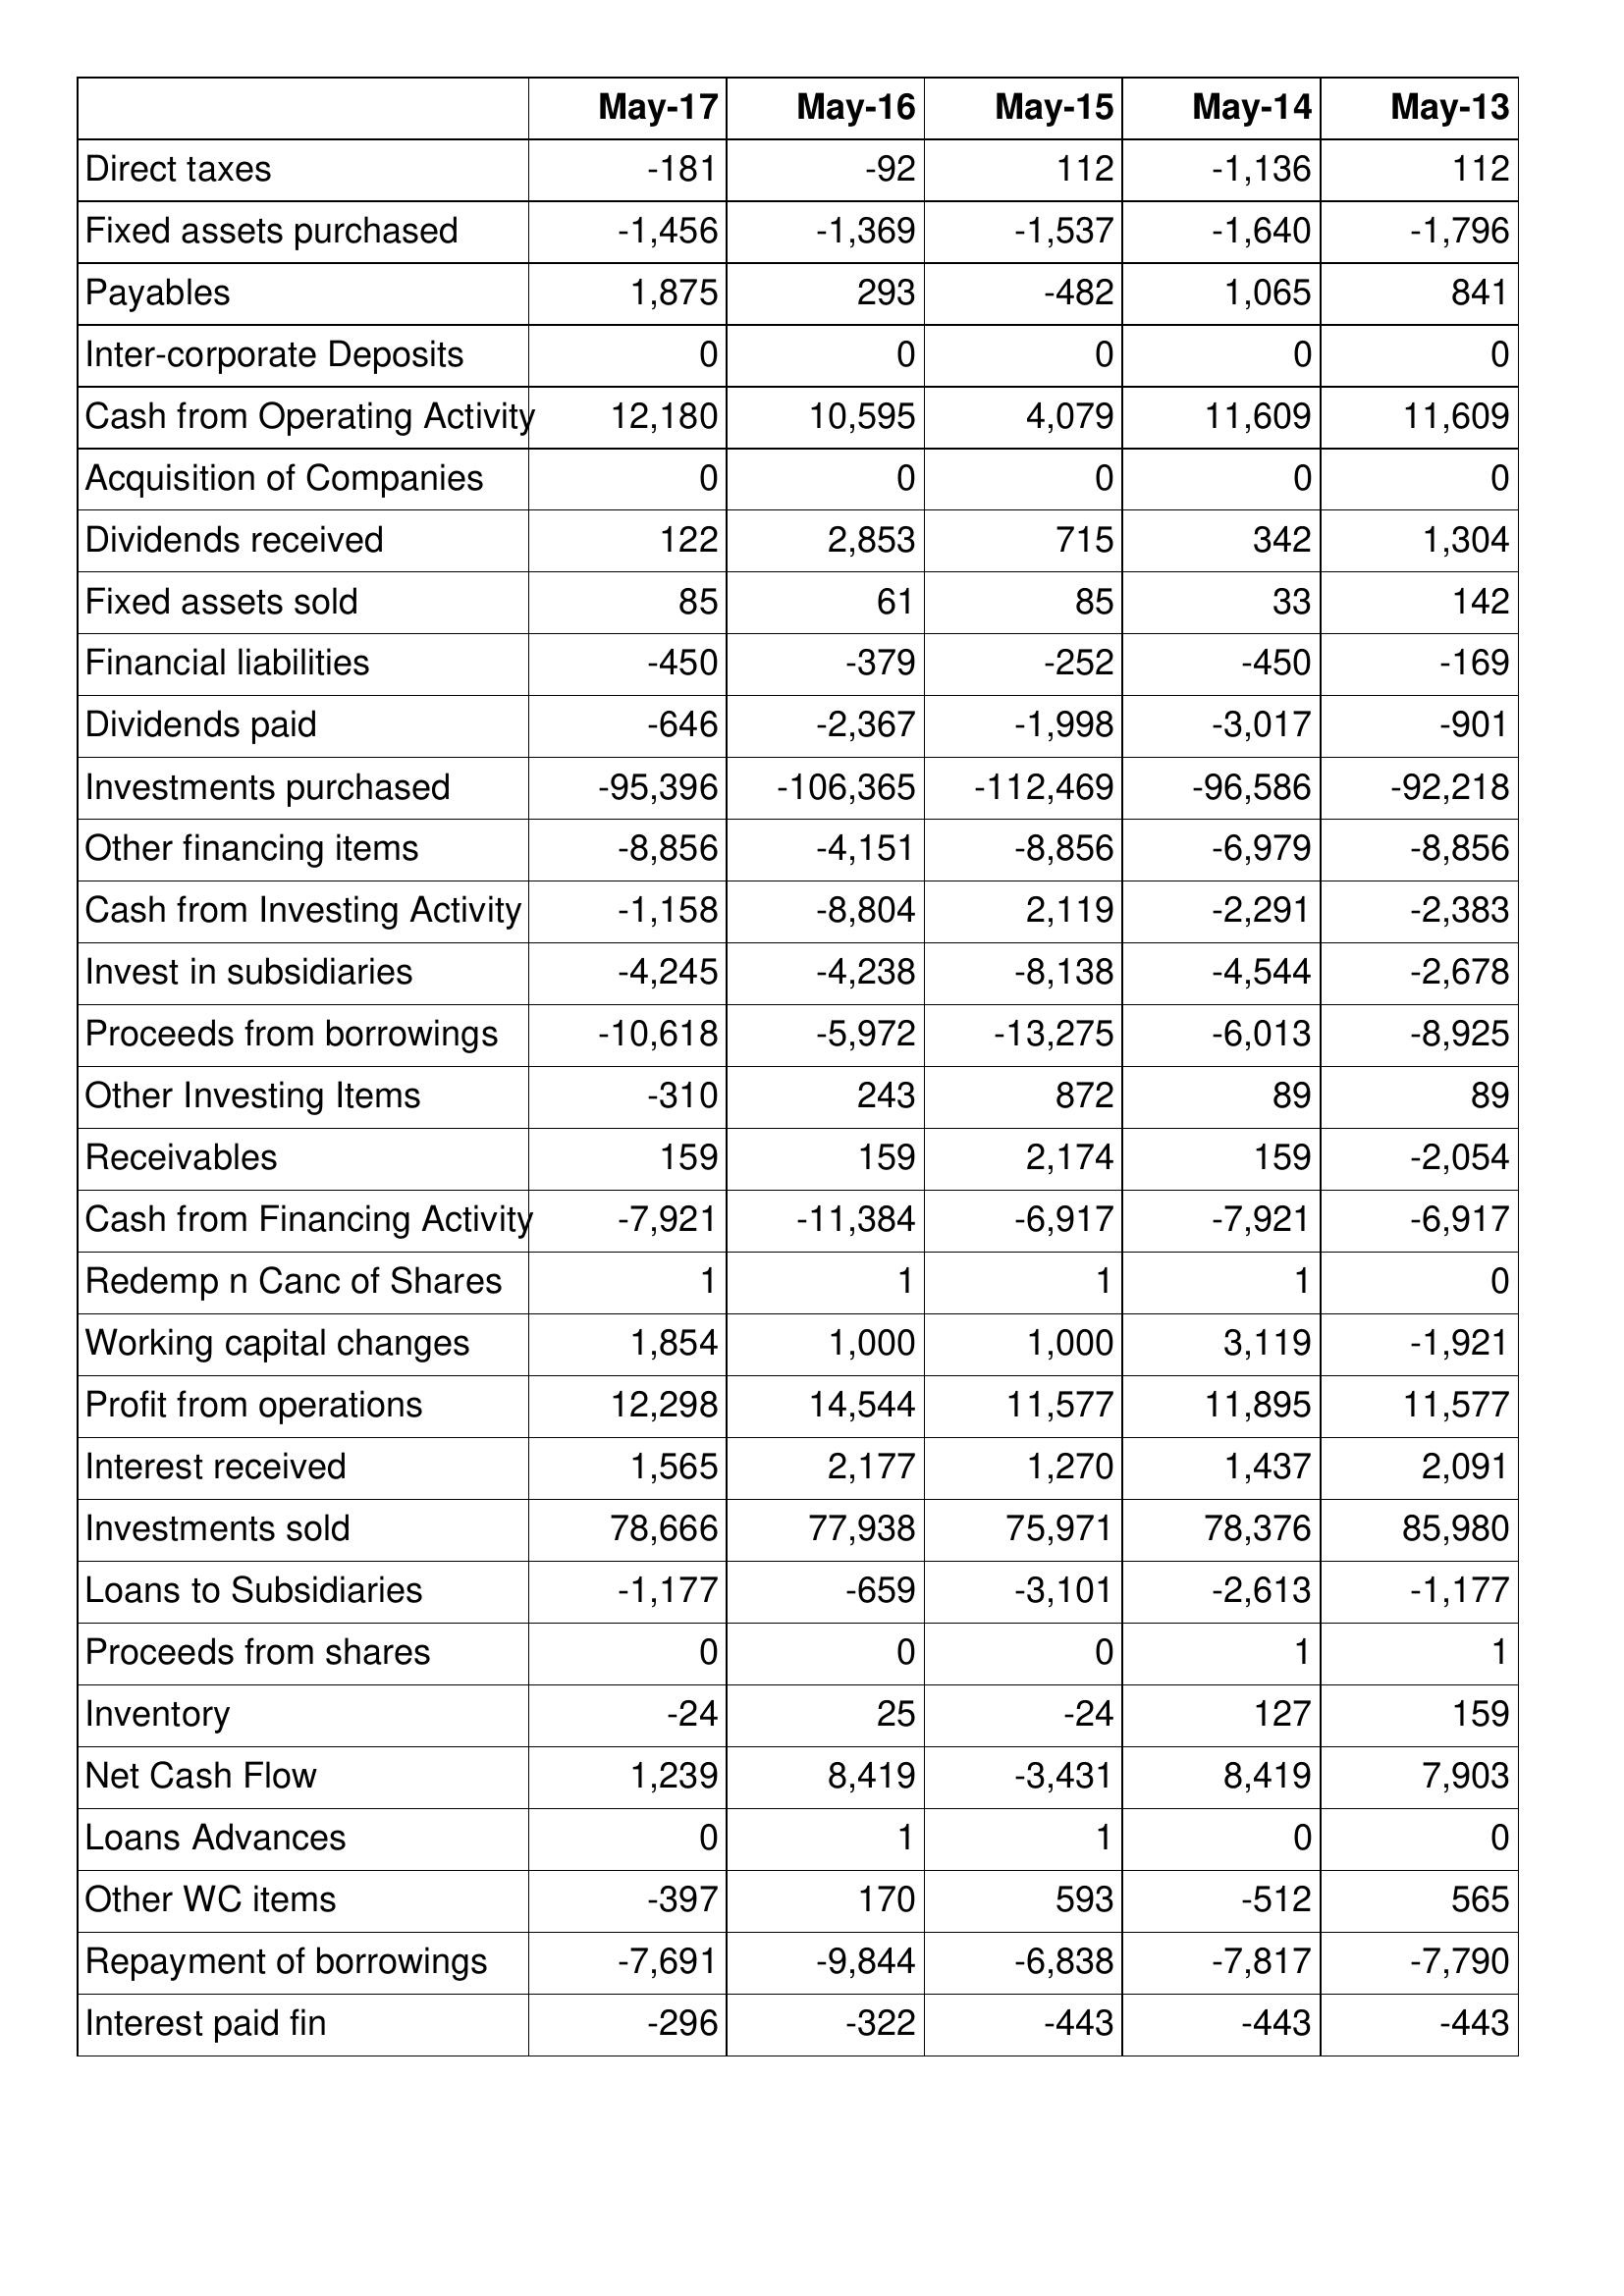
May-17: Cash Flows: Direct taxes: -181
Fixed assets purchased: -1,456
Payables: 1,875
Inter-corporate Deposits: 0
Cash from Operating Activity: 12,180
Acquisition of Companies: 0
Dividends received: 122
Fixed assets sold: 85
Financial liabilities: -450
Dividends paid: -646
Investments purchased: -95,396
Other financing items: -8,856
Cash from Investing Activity: -1,158
Invest in subsidiaries: -4,245
Proceeds from borrowings: -10,618
Other Investing Items: -310
Receivables: 159
Cash from Financing Activity: -7,921
Redemp n Canc of Shares: 1
Working capital changes: 1,854
Profit from operations: 12,298
Interest received: 1,565
Investments sold: 78,666
Loans to Subsidiaries: -1,177
Proceeds from shares: 0
Inventory: -24
Net Cash Flow: 1,239
Loans Advances: 0
Other WC items: -397
Repayment of borrowings: -7,691
Interest paid fin: -296
May-16: Cash Flows: Direct taxes: -92
Fixed assets purchased: -1,369
Payables: 293
Inter-corporate Deposits: 0
Cash from Operating Activity: 10,595
Acquisition of Companies: 0
Dividends received: 2,853
Fixed assets sold: 61
Financial liabilities: -379
Dividends paid: -2,367
Investments purchased: -106,365
Other financing items: -4,151
Cash from Investing Activity: -8,804
Invest in subsidiaries: -4,238
Proceeds from borrowings: -5,972
Other Investing Items: 243
Receivables: 159
Cash from Financing Activity: -11,384
Redemp n Canc of Shares: 1
Working capital changes: 1,000
Profit from operations: 14,544
Interest received: 2,177
Investments sold: 77,938
Loans to Subsidiaries: -659
Proceeds from shares: 0
Inventory: 25
Net Cash Flow: 8,419
Loans Advances: 1
Other WC items: 170
Repayment of borrowings: -9,844
Interest paid fin: -322
May-15: Cash Flows: Direct taxes: 112
Fixed assets purchased: -1,537
Payables: -482
Inter-corporate Deposits: 0
Cash from Operating Activity: 4,079
Acquisition of Companies: 0
Dividends received: 715
Fixed assets sold: 85
Financial liabilities: -252
Dividends paid: -1,998
Investments purchased: -112,469
Other financing items: -8,856
Cash from Investing Activity: 2,119
Invest in subsidiaries: -8,138
Proceeds from borrowings: -13,275
Other Investing Items: 872
Receivables: 2,174
Cash from Financing Activity: -6,917
Redemp n Canc of Shares: 1
Working capital changes: 1,000
Profit from operations: 11,577
Interest received: 1,270
Investments sold: 75,971
Loans to Subsidiaries: -3,101
Proceeds from shares: 0
Inventory: -24
Net Cash Flow: -3,431
Loans Advances: 1
Other WC items: 593
Repayment of borrowings: -6,838
Interest paid fin: -443
May-14: Cash Flows: Direct taxes: -1,136
Fixed assets purchased: -1,640
Payables: 1,065
Inter-corporate Deposits: 0
Cash from Operating Activity: 11,609
Acquisition of Companies: 0
Dividends received: 342
Fixed assets sold: 33
Financial liabilities: -450
Dividends paid: -3,017
Investments purchased: -96,586
Other financing items: -6,979
Cash from Investing Activity: -2,291
Invest in subsidiaries: -4,544
Proceeds from borrowings: -6,013
Other Investing Items: 89
Receivables: 159
Cash from Financing Activity: -7,921
Redemp n Canc of Shares: 1
Working capital changes: 3,119
Profit from operations: 11,895
Interest received: 1,437
Investments sold: 78,376
Loans to Subsidiaries: -2,613
Proceeds from shares: 1
Inventory: 127
Net Cash Flow: 8,419
Loans Advances: 0
Other WC items: -512
Repayment of borrowings: -7,817
Interest paid fin: -443
May-13: Cash Flows: Direct taxes: 112
Fixed assets purchased: -1,796
Payables: 841
Inter-corporate Deposits: 0
Cash from Operating Activity: 11,609
Acquisition of Companies: 0
Dividends received: 1,304
Fixed assets sold: 142
Financial liabilities: -169
Dividends paid: -901
Investments purchased: -92,218
Other financing items: -8,856
Cash from Investing Activity: -2,383
Invest in subsidiaries: -2,678
Proceeds from borrowings: -8,925
Other Investing Items: 89
Receivables: -2,054
Cash from Financing Activity: -6,917
Redemp n Canc of Shares: 0
Working capital changes: -1,921
Profit from operations: 11,577
Interest received: 2,091
Investments sold: 85,980
Loans to Subsidiaries: -1,177
Proceeds from shares: 1
Inventory: 159
Net Cash Flow: 7,903
Loans Advances: 0
Other WC items: 565
Repayment of borrowings: -7,790
Interest paid fin: -443